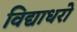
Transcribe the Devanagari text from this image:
विद्याधरो